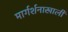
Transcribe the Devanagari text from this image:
मार्गर्शनाखाली